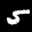
Label: 5